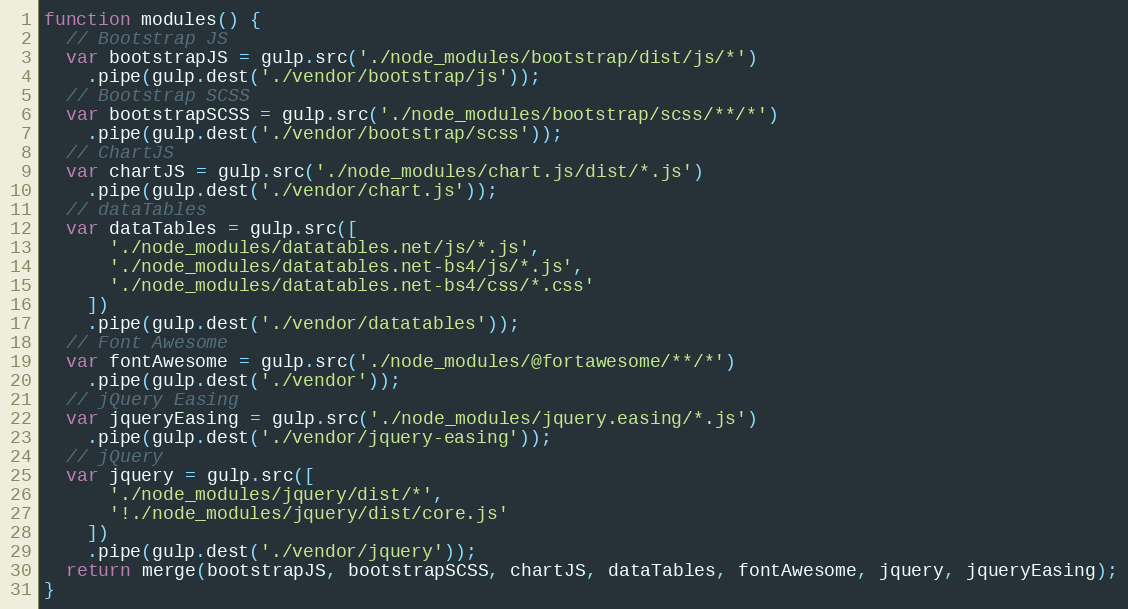
Language: JavaScript
function modules() {
  // Bootstrap JS
  var bootstrapJS = gulp.src('./node_modules/bootstrap/dist/js/*')
    .pipe(gulp.dest('./vendor/bootstrap/js'));
  // Bootstrap SCSS
  var bootstrapSCSS = gulp.src('./node_modules/bootstrap/scss/**/*')
    .pipe(gulp.dest('./vendor/bootstrap/scss'));
  // ChartJS
  var chartJS = gulp.src('./node_modules/chart.js/dist/*.js')
    .pipe(gulp.dest('./vendor/chart.js'));
  // dataTables
  var dataTables = gulp.src([
      './node_modules/datatables.net/js/*.js',
      './node_modules/datatables.net-bs4/js/*.js',
      './node_modules/datatables.net-bs4/css/*.css'
    ])
    .pipe(gulp.dest('./vendor/datatables'));
  // Font Awesome
  var fontAwesome = gulp.src('./node_modules/@fortawesome/**/*')
    .pipe(gulp.dest('./vendor'));
  // jQuery Easing
  var jqueryEasing = gulp.src('./node_modules/jquery.easing/*.js')
    .pipe(gulp.dest('./vendor/jquery-easing'));
  // jQuery
  var jquery = gulp.src([
      './node_modules/jquery/dist/*',
      '!./node_modules/jquery/dist/core.js'
    ])
    .pipe(gulp.dest('./vendor/jquery'));
  return merge(bootstrapJS, bootstrapSCSS, chartJS, dataTables, fontAwesome, jquery, jqueryEasing);
}